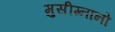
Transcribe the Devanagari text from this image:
मुसीग्नानो